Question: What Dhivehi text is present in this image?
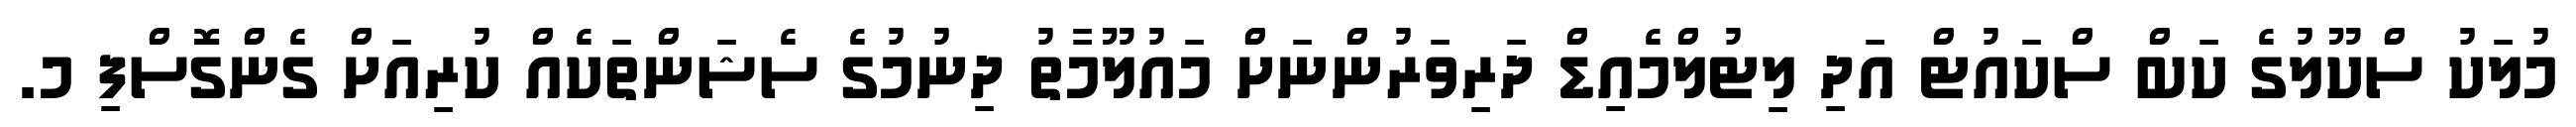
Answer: މުލަކު ސްކޫލުގެ ކަބް ސްކައުޓް އަދި ލިޓުލްމެއިޑް ދަރިވަރުންނަށް މައުލޫމާތު ދިނުމުގެ ސެޝަންތަކެއް ކުރިއަށް ގެންގޮސްފި މ.